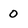
Character: 0